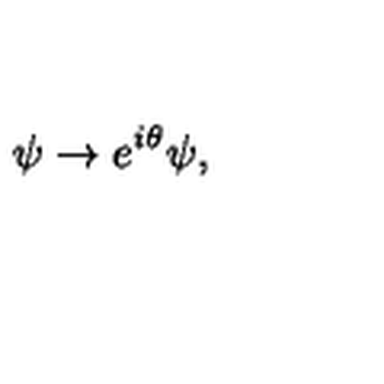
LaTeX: \psi \rightarrow e ^ { i \theta } \psi ,